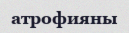
атрофияны